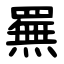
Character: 䍢